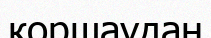
коршаудан